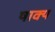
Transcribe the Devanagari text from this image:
षाक्य